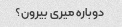
دوباره میری بیرون؟